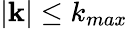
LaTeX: |{\mathbf k}|\le k_{max}